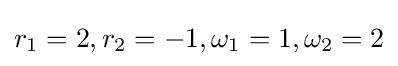
r_{1}=2,r_{2}=-1,\omega _{1}=1,\omega _{2}=2